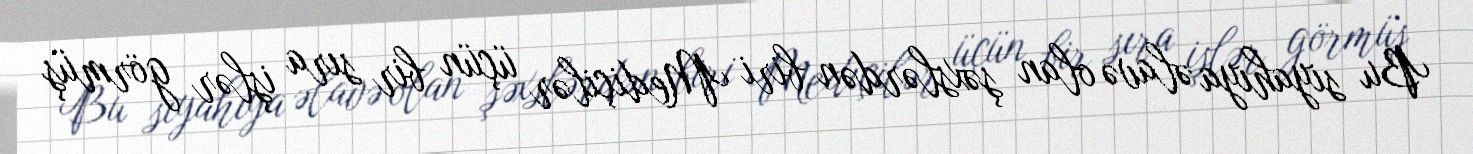
Bu siyahıya əlavə olan şəxslərdən biri Mediçilər üçün bir sıra işlər görmüş